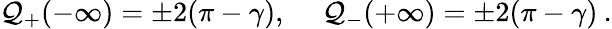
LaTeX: {\cal\mathcal{Q}}_{+}(-\infty)=\pm2(\pi-\gamma),\quad\: {\cal\mathcal{Q}}_{-}(+\infty)=\pm2(\pi-\gamma)\: .